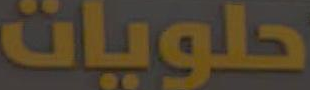
حلويات